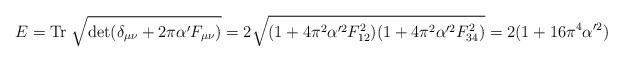
LaTeX: \begin{align*}E = {\rm Tr}\; \sqrt{\det (\delta_{\mu \nu} + 2 \pi \alpha' F_{\mu\nu})} = 2 \sqrt{(1 + 4 \pi^2 \alpha'^2 F_{12}^2)(1 + 4 \pi^2 \alpha'^2 F_{34}^2)} = 2(1 + 16 \pi^4\alpha'^2)\end{align*}